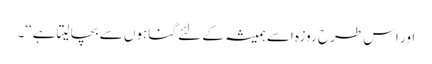
اور اس طرح روزہ اسے ہمیشہ کے لئے گناہوں سے بچا لیتاہے‘‘۔